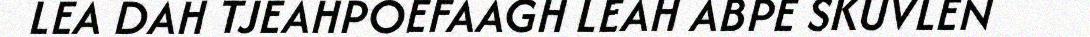
LEA DAH TJEAHPOEFAAGH LEAH ABPE SKUVLEN